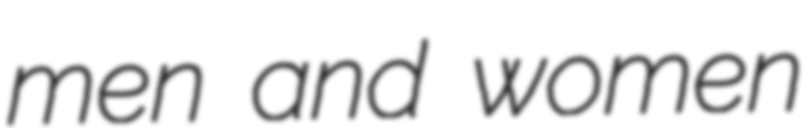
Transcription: men and women